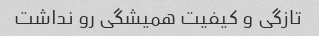
تازگی و کیفیت همیشگی رو نداشت